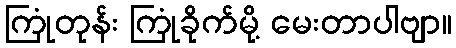
ကြုံတုန်း ကြုံခိုက်မို့ မေးတာပါဗျာ။